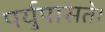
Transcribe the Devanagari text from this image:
पर्युपासते।